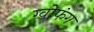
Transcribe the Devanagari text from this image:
ग्वोफंग